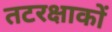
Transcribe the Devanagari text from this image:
तटरक्षाकों